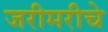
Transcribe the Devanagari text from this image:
जरीमरीचे